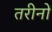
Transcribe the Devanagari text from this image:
तरीनों